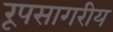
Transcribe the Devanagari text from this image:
रूपसागरीय